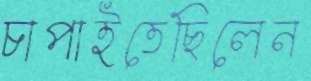
চাপাইতেছিলেন